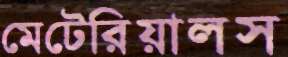
মেটেরিয়ালস